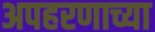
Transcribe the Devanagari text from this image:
अपहरणाच्या